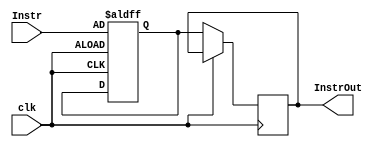
module IF_ID(
    input [31:0] Instr,
    input clk,
    output reg [31:0] InstrOut
);
    reg [31:0] Instr_reg;

always@(posedge clk or negedge clk) 
    begin
        if(clk == 1)  //when posedge clk, store the instruction to the reg.
            Instr_reg = Instr;
        else // when negedge clk, output the instruction reg to the instruction out.
            InstrOut = Instr_reg;
    end
    


endmodule